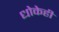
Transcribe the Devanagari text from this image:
धोकेही